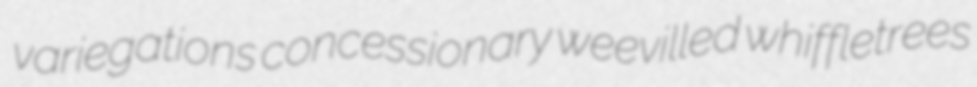
variegations concessionary weevilled whiffletrees